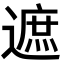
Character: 遮